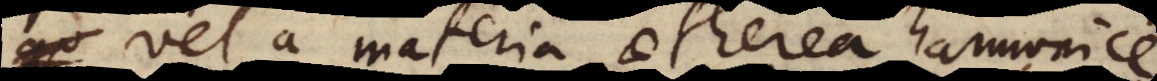
, vel a materia aetherea harmonic